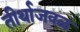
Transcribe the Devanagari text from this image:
तीर्थाजवळ